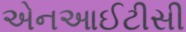
એનઆઈટીસી